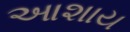
આશાય